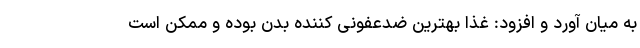
به میان آورد و افزود: غذا بهترین ضدعفونی کننده بدن بوده و ممکن است